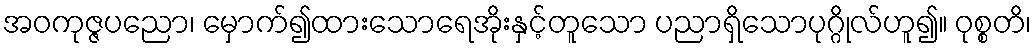
အဝကုဇ္ဇပညော၊ မှောက်၍ထားသောရေအိုးနှင့်တူသော ပညာရှိသောပုဂ္ဂိုလ်ဟူ၍။ ဝုစ္စတိ၊